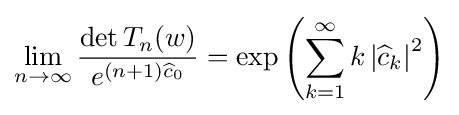
\lim _{n\to \infty }{\frac {\det T_{n}(w)}{e^{(n+1){\widehat {c}}_{0}}}}=\exp \left(\sum _{k=1}^{\infty }k\left|{\widehat {c}}_{k}\right|^{2}\right)